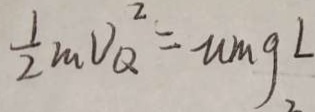
\frac { 1 } { 2 } m V _ { Q } ^ { 2 } = m m g L